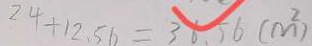
2 4 + 1 2 . 5 6 = 3 6 . 5 6 ( m ^ { 2 } )